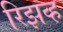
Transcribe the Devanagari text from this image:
रिझव्ह